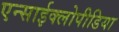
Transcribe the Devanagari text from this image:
एन्साईक्लोपीडिया